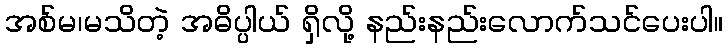
အစ်မ၊မသိတဲ့ အဓိပ္ပါယ် ရှိလို့ နည်းနည်းလောက်သင်ပေးပါ။